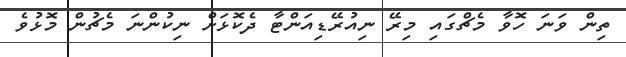
ތިން ވަނަ ހޮވާ މެޗްގައި މިރޭ ނިއުރޭޑިއަންޓާ ދެކޮޅަށް ނިކުންނަ މެޗުން މޮޅުވެ